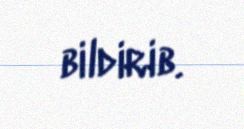
bildirib.